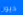
ديون